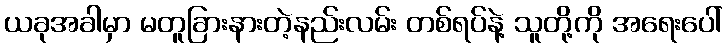
ယခုအခါမှာ မတူခြားနားတဲ့နည်းလမ်း တစ်ရပ်နဲ့ သူတို့ကို အရေးပေါ်